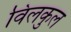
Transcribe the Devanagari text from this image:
विलकुल